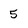
Character: 5